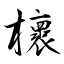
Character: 櫰